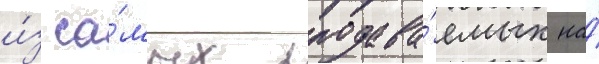
и́з са́мых продава́емых на́